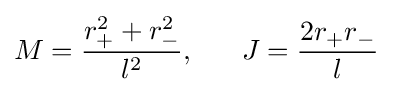
M={\frac {r_{+}^{2}+r_{-}^{2}}{l^{2}}},~~~~~J={\frac {2r_{+}r_{-}}{l}}